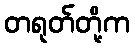
တရုတ်တို့က